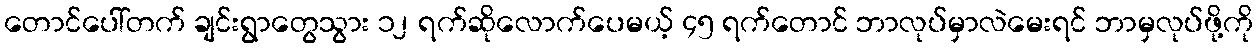
တောင်ပေါ်တက် ချင်းရွာတွေသွား ၁၂ ရက်ဆိုလောက်ပေမယ့် ၄၅ ရက်တောင် ဘာလုပ်မှာလဲမေးရင် ဘာမှလုပ်ဖို့ကို